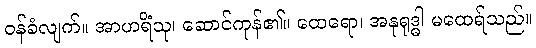
ဝန်ခံလျက်။ အာဟရိံသု၊ ဆောင်ကုန်၏။ ထေရော၊ အနုရုဒ္ဓါ မထေရ်သည်။